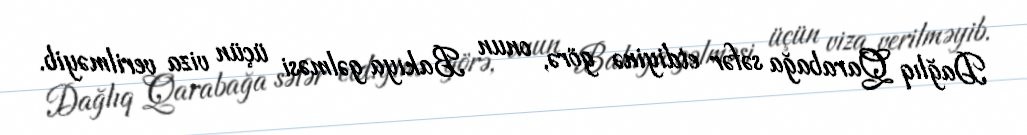
Dağlıq Qarabağa səfər etdiyinə görə, onun Bakıya gəlməsi üçün viza verilməyib.